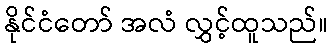
နိုင်ငံတော် အလံ လွှင့်ထူသည်။